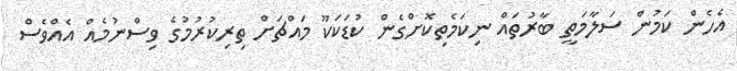
އެހެން ކަމުން ސަލާމަތީ ބާރުތައް ނިކަމެތިކޮށްގެން ކުޑަކަކޫ މައްޗަށް ތިރިކުރުމުގެ ވިސްނުމެއް އެއްވެސް